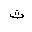
Letter: _tha